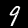
Digit: 9